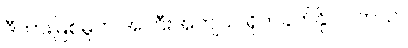
ဒီတားမြစ်မှုက အကြီးအကျယ် ရိုက်ခတ်နိုင်ပါတယ်။